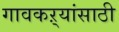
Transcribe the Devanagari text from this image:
गावकऱ्यांसाठी